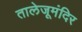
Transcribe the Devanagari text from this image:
तालेजूमंदिर